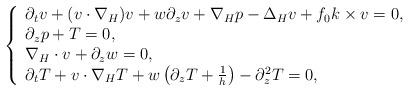
LaTeX: \begin{align*}\left\{\begin{array}{l}\partial_tv+(v\cdot\nabla_H)v+w\partial_zv+\nabla_Hp-\Delta_H v+f_0k\times v=0,\\\partial_zp+T=0,\\\nabla_H\cdot v+\partial_zw=0,\\\partial_tT+v\cdot\nabla_HT+w\left(\partial_zT+\frac{1}{h}\right) -\partial_z^2T=0,\end{array}\right.\end{align*}